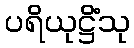
ပရိယုဋ္ဌိံသု